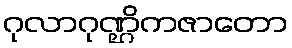
ဂုလာဂုဏ္ဌိကဇာတော